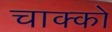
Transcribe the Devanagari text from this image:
चाक्को